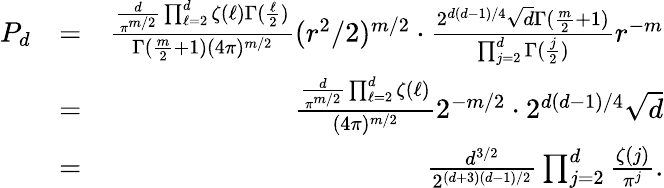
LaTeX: \begin{array}{rlr}{P_{d}}&{=}&{\frac{\frac{d}{\pi^{m/2}}\prod_{\ell=2}^{d}\zeta(\ell)\Gamma(\frac{\ell}{2})}{\Gamma(\frac{m}{2}+1)(4\pi)^{m/2}}(r^{2}/2)^{m/2}\cdot\frac{2^{d(d-1)/4}\sqrt{d}\Gamma(\frac{m}{2}+1)}{\prod_{j=2}^{d}\Gamma(\frac{j}{2})}r^{-m}}\\ &{=}&{\frac{\frac{d}{\pi^{m/2}}\prod_{\ell=2}^{d}\zeta(\ell)}{(4\pi)^{m/2}}2^{-m/2}\cdot 2^{d(d-1)/4}\sqrt{d}}\\ &{=}&{\frac{{d}^{3/2}}{2^{(d+3)(d-1)/2}}\prod_{j=2}^{d}\frac{\zeta(j)}{\pi^{j}}.}\end{array}